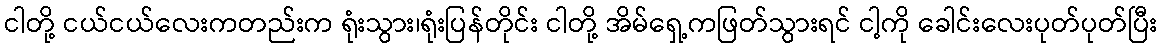
ငါတို့ ငယ်ငယ်လေးကတည်းက ရုံးသွား၊ရုံးပြန်တိုင်း ငါတို့ အိမ်ရှေ့ကဖြတ်သွားရင် ငါ့ကို ခေါင်းလေးပုတ်ပုတ်ပြီး